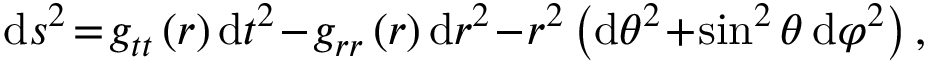
\begin{array} { r } { \begin{array} { r c l } { \displaystyle \mathrm { d } s ^ { 2 } \! = \! g _ { t t } \left( r \right) \mathrm { d } t ^ { 2 } \! - \! g _ { r r } \left( r \right) \mathrm { d } r ^ { 2 } \! - \! r ^ { 2 } \left( \mathrm { d } \theta ^ { 2 } \! + \! \sin ^ { 2 } \theta \, \mathrm { d } \varphi ^ { 2 } \right) , } \end{array} } \end{array}